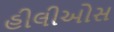
હીલીઓસ